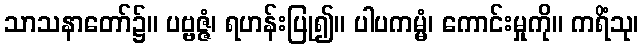
သာသနာတော်၌။ ပဗ္ဗဇ္ဇံ၊ ရဟန်းပြု၍။ ပါပကမ္မံ၊ ကောင်းမှုကို။ ကရိံသု၊